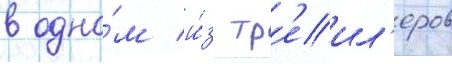
в одно́м и́з тр'еил'еров